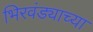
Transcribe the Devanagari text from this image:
भिरवंड्याच्या